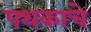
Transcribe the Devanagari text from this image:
पथकाचेे